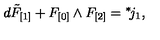
d \tilde { F } _ { [ 1 ] } + F _ { [ 0 ] } \wedge F _ { [ 2 ] } = { } ^ { * } \! j _ { 1 } ,